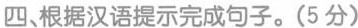
四、根据汉语提示完成句子。(5 分)